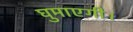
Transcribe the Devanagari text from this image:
घुमाएगी।